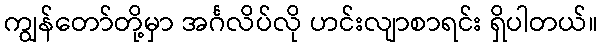
ကျွန်တော်တို့မှာ အင်္ဂလိပ်လို ဟင်းလျာစာရင်း ရှိပါတယ်။